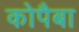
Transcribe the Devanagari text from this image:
कोपैबा